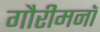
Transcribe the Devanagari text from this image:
गौरीमनॉ